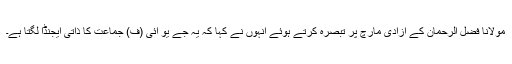
مولانا فضل الرحمان کے آزادی مارچ پر تبصرہ کرتے ہوئے انہوں نے کہا کہ یہ جے یو آئی (ف) جماعت کا ذاتی ایجنڈا لگتا ہے۔